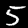
Digit: 5